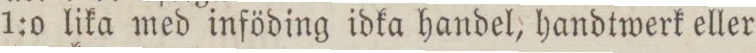
1:o lika med inföding idka handel, handtwerk eller